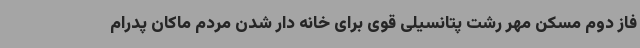
فاز دوم مسکن مهر رشت پتانسیلی قوی برای خانه دار شدن مردم ماکان پدرام